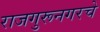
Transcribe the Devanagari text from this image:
राजगुरूनगरचे